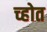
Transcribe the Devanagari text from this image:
च्होत